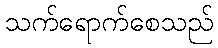
သက်ရောက်စေသည်